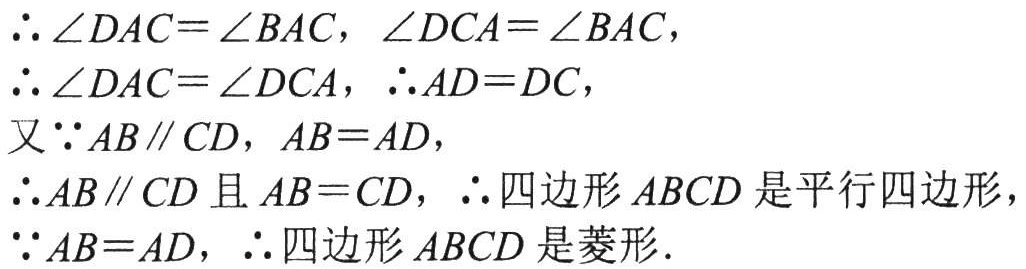
\(\therefore \angle DAC = \angle BAC,\ \angle DCA = \angle BAC,\)
\(\therefore \angle DAC = \angle DCA,\ \therefore AD = DC,\)
又\(\because AB\parallel CD,\ AB = AD,\)
\(\therefore AB\parallel CD\)且\(AB = CD,\ \therefore\)四边形\(ABCD\)是平行四边形，
\(\because AB = AD,\ \therefore\)四边形\(ABCD\)是菱形.